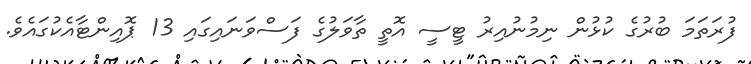
ފުރަތަމަ ބުރުގެ ކުޅުން ނިމުނުއިރު ޓީސީ އޮތީ ތާވަލުގެ ފަސްވަނައިގައި 13 ޕޮއިންޓާއެކުގައެވެ.